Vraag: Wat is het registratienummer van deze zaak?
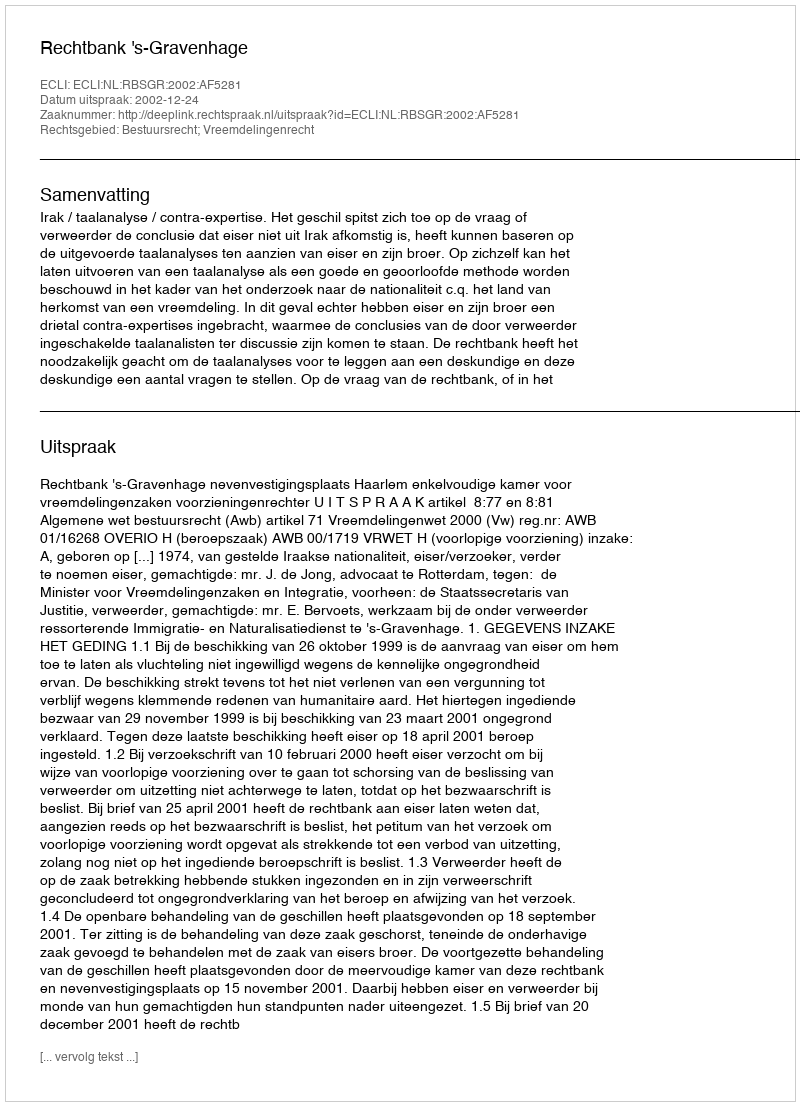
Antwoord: http://deeplink.rechtspraak.nl/uitspraak?id=ECLI:NL:RBSGR:2002:AF5281